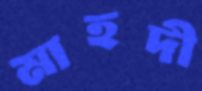
মাহদী